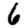
Digit: 6